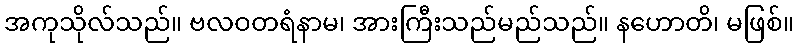
အကုသိုလ်သည်။ ဗလဝတရံနာမ၊ အားကြီးသည်မည်သည်။ နဟောတိ၊ မဖြစ်။